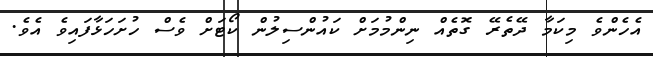
އެހެންވެ މިކަމާ ދޭތެރޭ ގޮތެއް ނިންމުމަށް ކައުންސިލުން ކޯޓަށް ވެސް ހުށަހަޅާފައިވެ އެވެ.